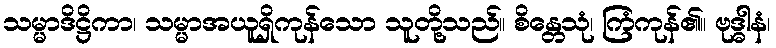
သမ္မာဒိဋ္ဌိကာ၊ သမ္မာအယူရှိကုန်သော သူတို့သည်။ စိန္တေသုံ၊ ကြံကုန်၏။ ဗုဒ္ဓါနံ၊